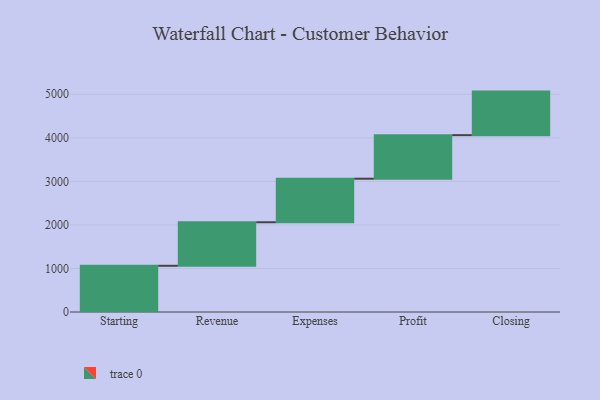
{"axis": {"x": "Step", "y": "Value"}, "legend": [""], "data": [{"x": "Starting", "y": 1061.0, "type": ""}, {"x": "Revenue", "y": 1000, "type": ""}, {"x": "Expenses", "y": 1000, "type": ""}, {"x": "Profit", "y": 1000, "type": ""}, {"x": "Closing", "y": 1000, "type": ""}]}